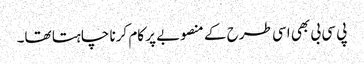
پی سی بی بھی اسی طرح کے منصوبے پر کام کرنا چاہتا تھا۔